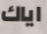
اياك